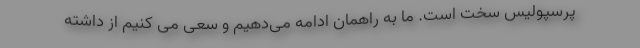
پرسپولیس سخت است. ما به راهمان ادامه می‌دهیم و سعی می کنیم از داشته